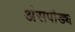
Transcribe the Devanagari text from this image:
अंसपीड्य